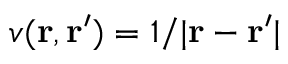
v ( \mathbf { r } , \mathbf { r } ^ { \prime } ) = 1 / | \mathbf { r } - \mathbf { r } ^ { \prime } |